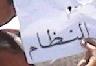
النظام